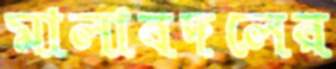
মালাবদলের